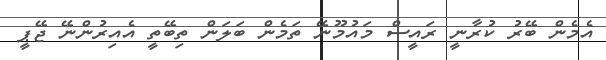
އެމެން ބޭރު ކުރާނީ ރައީސް މައުމޫނޭ ތަމެން ބަލަން ތިބޭތީ އެއިރުންނޭ ޖޭޕީ